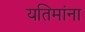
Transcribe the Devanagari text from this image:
यतिमांना